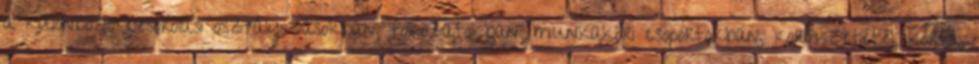
a különböző besorolási osztályozásokban, fokozatokban, munkaköri csoportokban, korösszetétel, korfa,